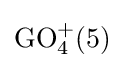
\operatorname {GO} _{4}^{+}(5)